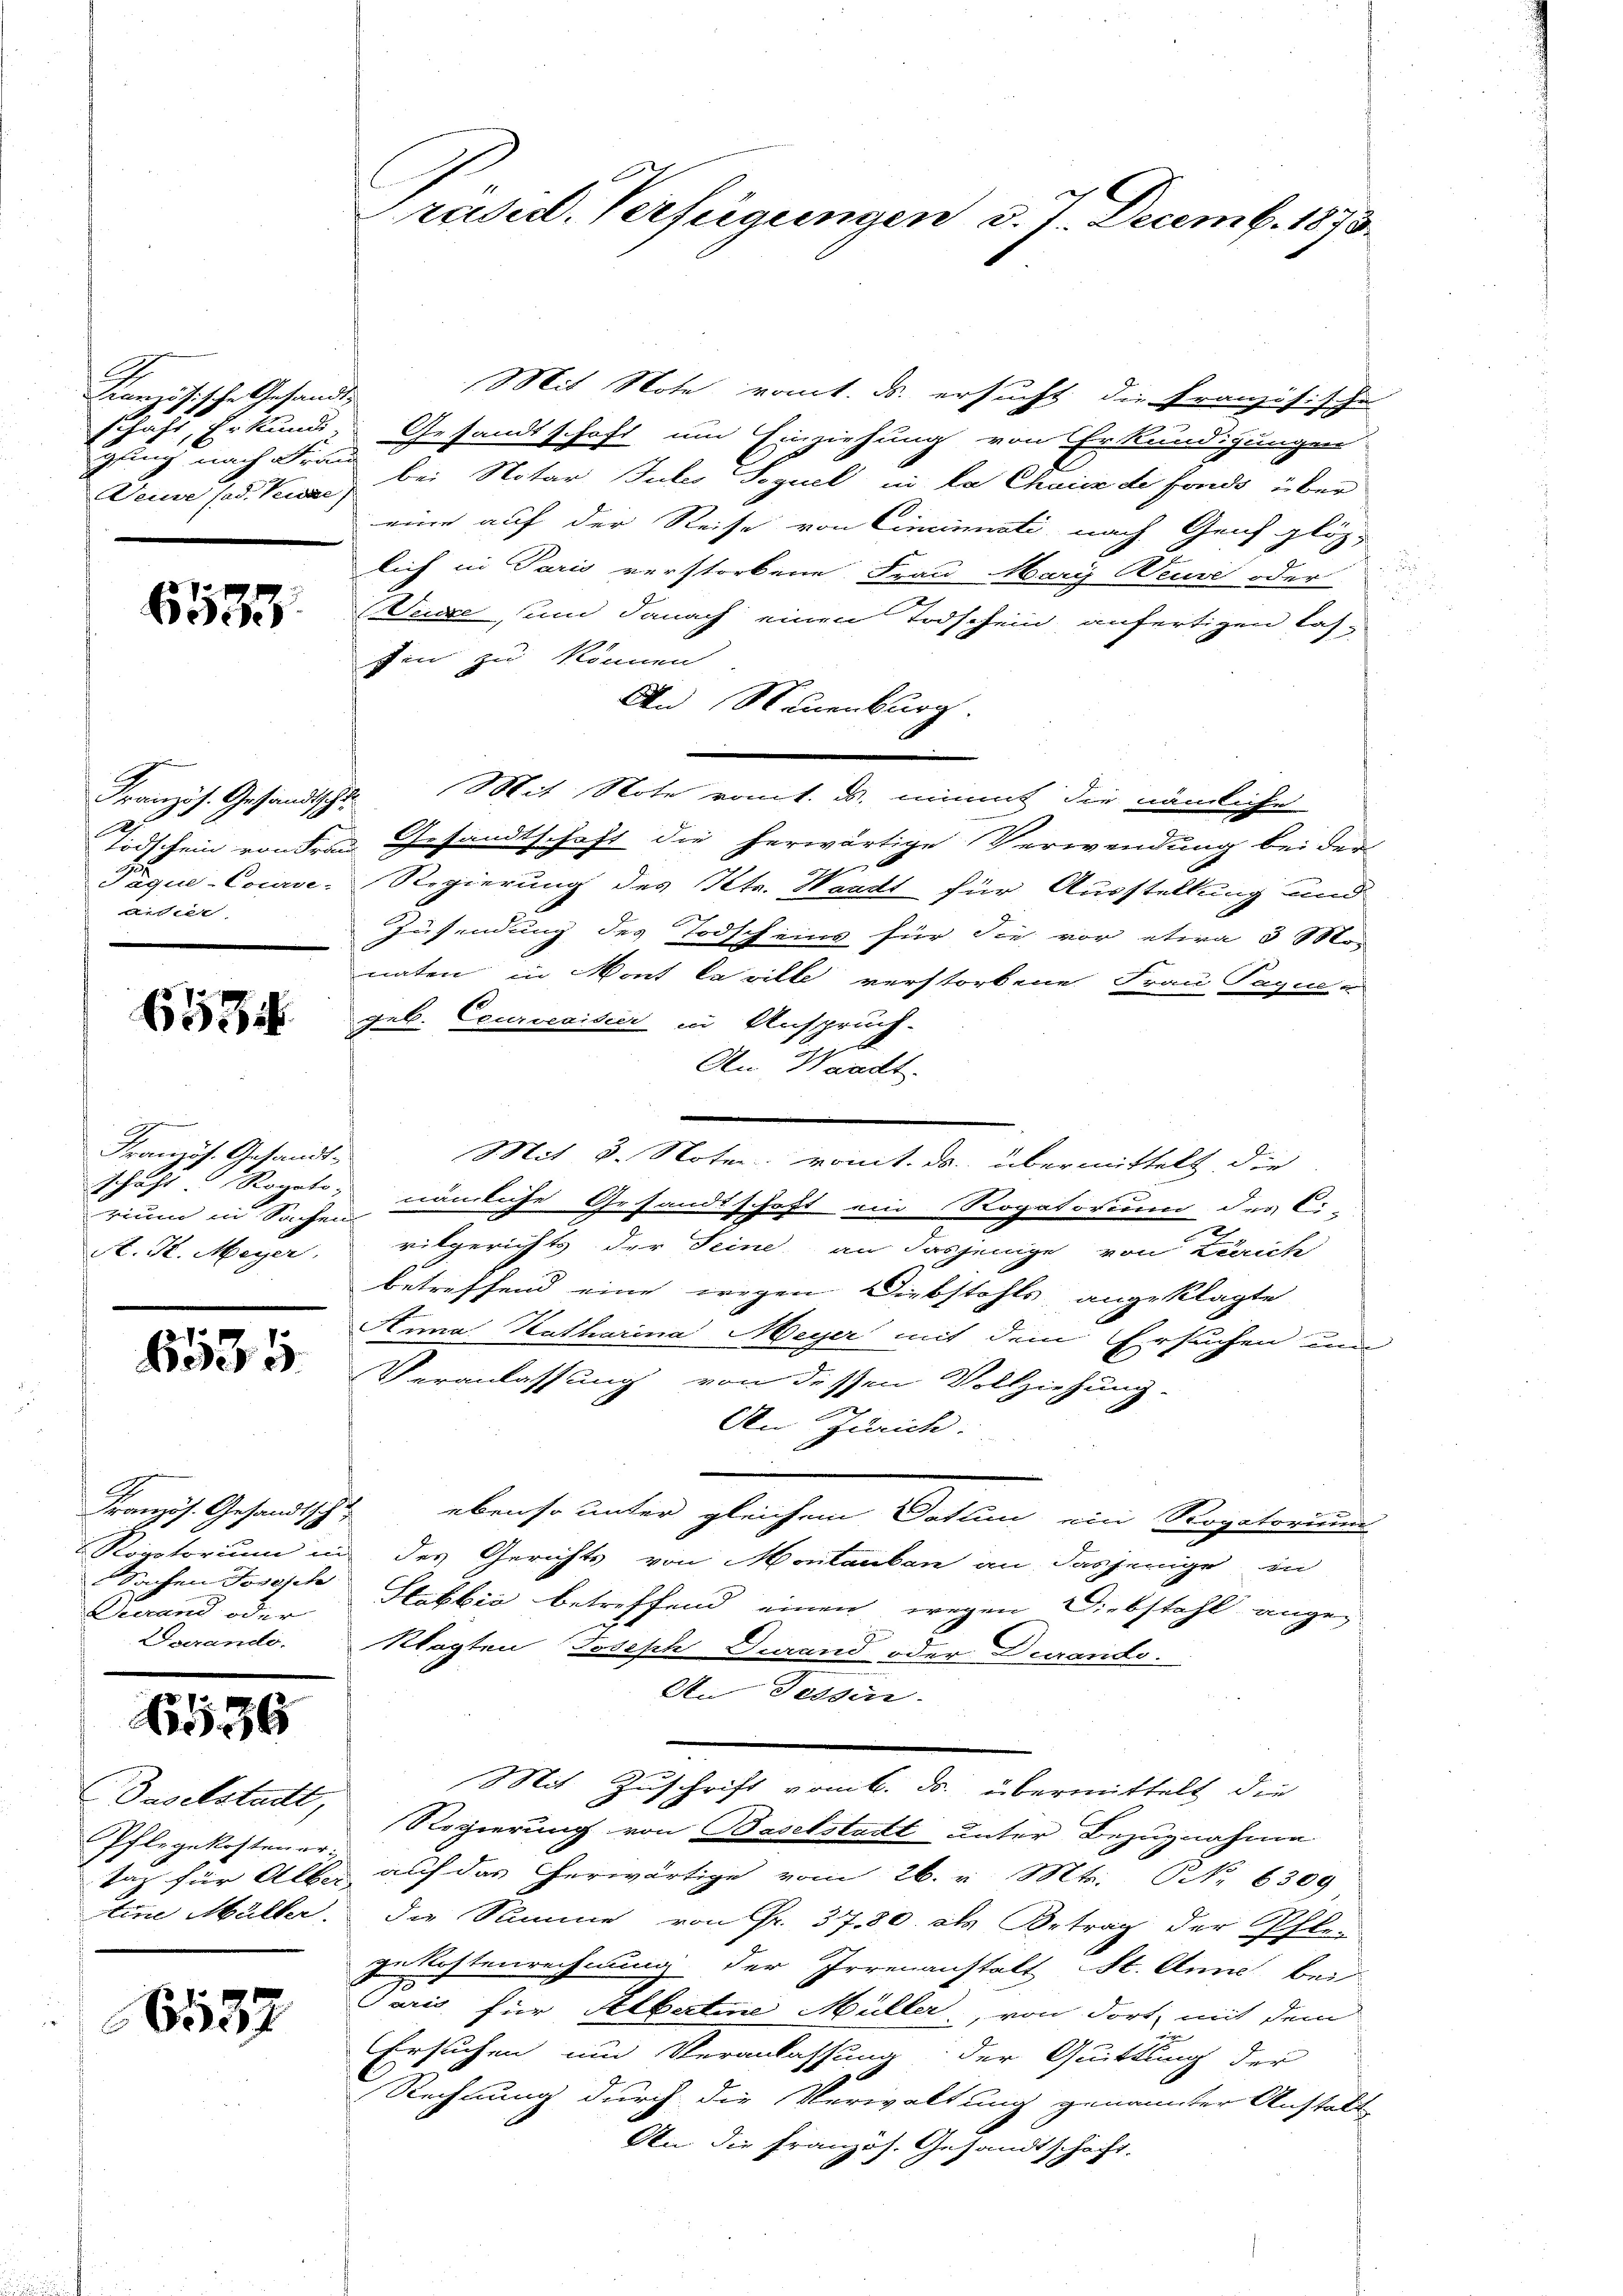
Französische Gesandtgling nach Frau
Deuse (od. Keise

6533.

2
Päque-Courve-
Arter

653

Französ. Gesandtschaft Rogato,
A. H. Meyer

6534

Roratorium in
Sachen Josisch
Gerand oder

36

Daselstadtt,
Pflegekostener:

6557

Präsid. Verfügungen d. 1. Decemb. 1873.

Mit Note romt. ds. ersucht die Französische
schaft, Erkunde Gesandtschaft um Einziehung von Erkundigungen
bei Notar Gutes Soguel in la Chaux de fonds über
eine auf der Reise von Cincinati nach Genf glös-
lich in Paris verstorbene Frau Marg Weise oder
Vucze, und danach einen Todschein anfertigen lasfen zu können
An Neuenburg.
Kranzös. Gesandtsche Mit Note romt. d. nimmt die nämliche
Todschein von deren Gesandtschaft die herwärtige Verwendung bei der
d
Regierung des Kts. Waadt für Ausstellung und
Zusendung des Todscheins für die vor etwa 3 Mo
naten in Mont la rille verstorbene Frau Paque en
geb. Ceurcesidier in Anspruch-
An Waadt.
Mit 3. Noten romt. ds. übermittelt die
rium in Sachen nämliche Gesandtschaft ein Rogatorium des Ci-
ritgerichts der Seine an dasjenige von Zürich
betreffend eine wegen Diebstahls angeklagte
Anna Katharina Meyer mit dem Ersuchen um
Veranlassung von dessen Vollziehung.
An Zürich.
Französ. Gesandtscht ebenso unter gleichem Satten ein Rogatorium
des Gerichts von Montauben an dasjenige in
Stabbia betreffend einen wegen Diebstahl angen
Darandi. Klagten Joseph Turand oder Durando.
An Tessin.
Mit Zuschrift vom 6. ds. übermittelt die
Regierung von Baselstadt unter Bezugnahme
tag für Alber auf das erwärtige vom 26. v. Mts. NNo. 6309
Eine Müller. Die Stimme von Fr. 37. 80. als Betrag der Pfle-
gekostenrechnung der Irrenanstalt St. Anna bei
Jaris für Alberture Müller, von dort mit dem
Ersuchen um Veranlassung der Quittlung der
Rechnung durch die Verwaltung genannter Anstalt
An die französ. Gesandtschaft.